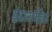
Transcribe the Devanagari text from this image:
इंद्रासहित